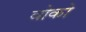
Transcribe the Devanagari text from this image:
वोको